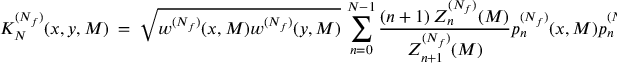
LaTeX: K _ { N } ^ { ( N _ { f } ) } ( x , y , M ) \ = \ \sqrt { w ^ { ( N _ { f } ) } ( x , M ) w ^ { ( N _ { f } ) } ( y , M ) } \, \sum _ { n = 0 } ^ { N - 1 } \frac { ( n + 1 ) \, Z _ { n } ^ { ( N _ { f } ) } ( M ) } { Z _ { n + 1 } ^ { ( N _ { f } ) } ( M ) } p _ { n } ^ { ( N _ { f } ) } ( x , M ) p _ { n } ^ { ( N _ { f } ) } ( y , M ) \ .